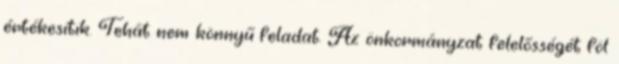
értékesítik. Tehát nem könnyű feladat. Az önkormányzat felelősségét föl